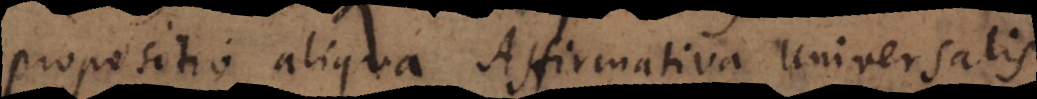
propositio aliqua Affirmativa Universalis